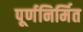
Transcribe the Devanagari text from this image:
पूर्णनिर्मित